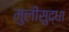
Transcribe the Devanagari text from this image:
मुलीसुद्धा